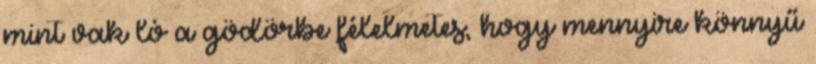
mint vak ló a gödörbe félelmetes, hogy mennyire könnyű